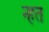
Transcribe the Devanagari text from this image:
न्हत